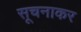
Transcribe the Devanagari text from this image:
सूचनाकर